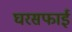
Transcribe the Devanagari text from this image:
घरसफाई